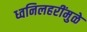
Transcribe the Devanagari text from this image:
ध्वनिलहरींमुळे